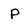
Character: P